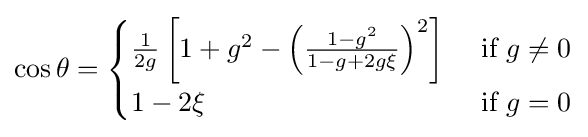
\cos \theta ={\begin{cases}{\frac {1}{2g}}\left[1+g^{2}-\left({\frac {1-g^{2}}{1-g+2g\xi }}\right)^{2}\right]&{\text{ if }}g\neq 0\\1-2\xi &{\text{ if }}g=0\end{cases}}